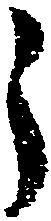
う